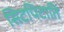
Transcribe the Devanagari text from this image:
सिटपिटाति